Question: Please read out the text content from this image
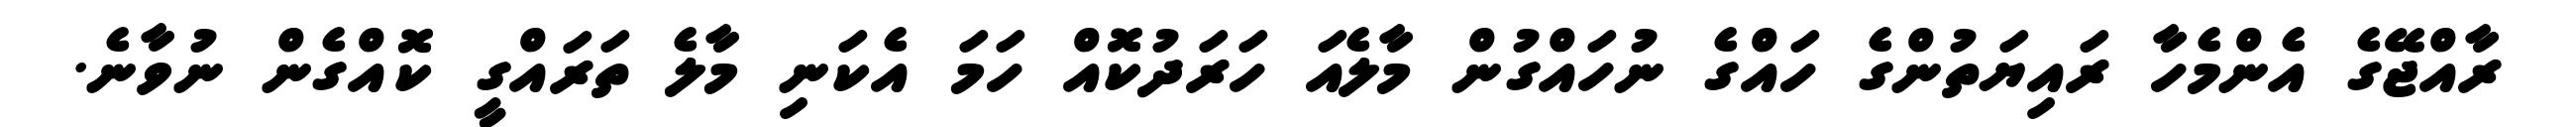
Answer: ރާއްޖޭގެ އެންމެހާ ރައިޔަތުންގެ ހައްގެ ނުހައްގުން މާލެއަ ހަރަދުކޮއް ހަމަ އެކަނި މާލެ ތަރައްގީ ކޮއްގެން ނުވާނެ.